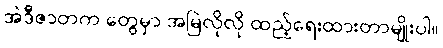
အဲဒီဇာတက တွေမှာ အမြဲလိုလို ထည့်ရေးထားတာမျိုးပါ။